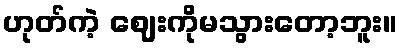
ဟုတ်ကဲ့ ဈေးကိုမသွားတော့ဘူး။